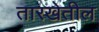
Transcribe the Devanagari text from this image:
तारखेतील